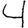
Digit: 4